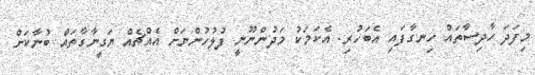
މިފަދަ ހާދިސާތައް ހިނގާފައި އެބަހުރި. އެކަމަކު މަދުންނޫނީ ފުލުހުންނަށް އެއްޗެއް ޔަގީނާގާތައް ބުނާކަށް